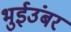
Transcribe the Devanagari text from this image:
भुईउंबर